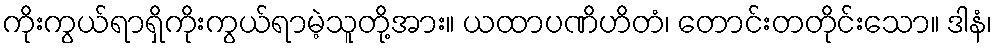
ကိုးကွယ်ရာရှိကိုးကွယ်ရာမဲ့သူတို့အား။ ယထာပဏိဟိတံ၊ တောင်းတတိုင်းသော။ ဒါနံ၊